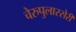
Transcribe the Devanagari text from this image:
चेरुपुलास्सेरी